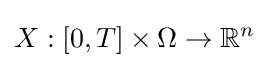
X:[0,T]\times \Omega \to \mathbb {R} ^{n}